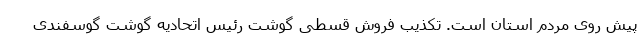
پیش روی مردم استان است. تکذیب فروش قسطی گوشت رئیس اتحادیه گوشت گوسفندی